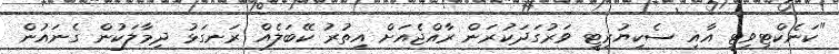
"ކަނެކްޓިވިޓީ އާއި ސެކިޔުރިޓީ ވަރުގަދަކުރަން ރާއްޖެއަށް އިތުރު ކޭބަލެއް ރަނގަޅު ދިމާލަކުން ގެނައުން